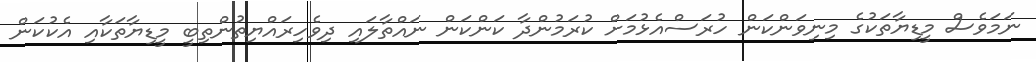
ނަމަވެސް މީޑިޔާތަކުގެ މިނިވަންކަން ހުރަސްއެޅުމަށް ކުރަމުންދާ ކަންކަން ނައްތާލައި ދިވެހިރައްޔިތުންތިބީ މީޑިޔާތަކާއި އެކުކަަން